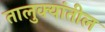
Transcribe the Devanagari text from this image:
तालुक्‍यांतील